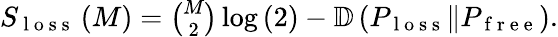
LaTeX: \begin{array}{r}{S_{\mathrm{~l~o~s~s~}}\left(M\right)=\binom{M}{2}\log\left(2\right)-\mathbb{D}\left(P_{\mathrm{~l~o~s~s~}}\Vert P_{\mathrm{~f~r~e~e~}}\right).}\end{array}